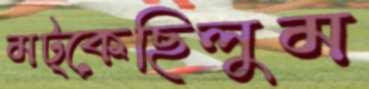
মট্‌কেছিলুম